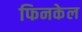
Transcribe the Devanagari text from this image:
फिनकेल